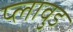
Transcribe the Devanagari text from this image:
प्लावुड